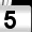
Digit: 5